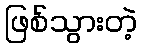
ဖြစ်သွားတဲ့